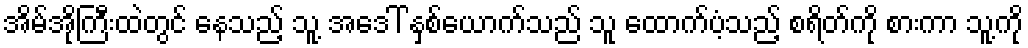
အိမ်အိုကြီးထဲတွင် နေသည့် သူ့ အဒေါ် နှစ်ယောက်သည် သူ ထောက်ပံ့သည့် စရိတ်ကို စားကာ သူ့ကို